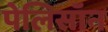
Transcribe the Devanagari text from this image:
पेलिसॉन